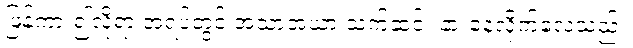
ဖြန့်ကား၍လိုရာ အရပ်တွင် အသာအယာ သက်ဆင်း နားနေလိုက်လေသည်။